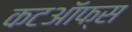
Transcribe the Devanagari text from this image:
कटऑफ्स